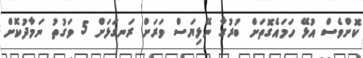
ކޮށްވެސް އުޅޭ ހަމައެގޮތަށް ބުރުގާ ނޭޅިޔަސް ވަރަށް ރަނގަޅަށް 5 ވަގުތު ނަމާދުކޮށް